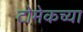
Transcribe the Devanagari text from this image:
टोमेकच्या